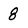
Character: 8